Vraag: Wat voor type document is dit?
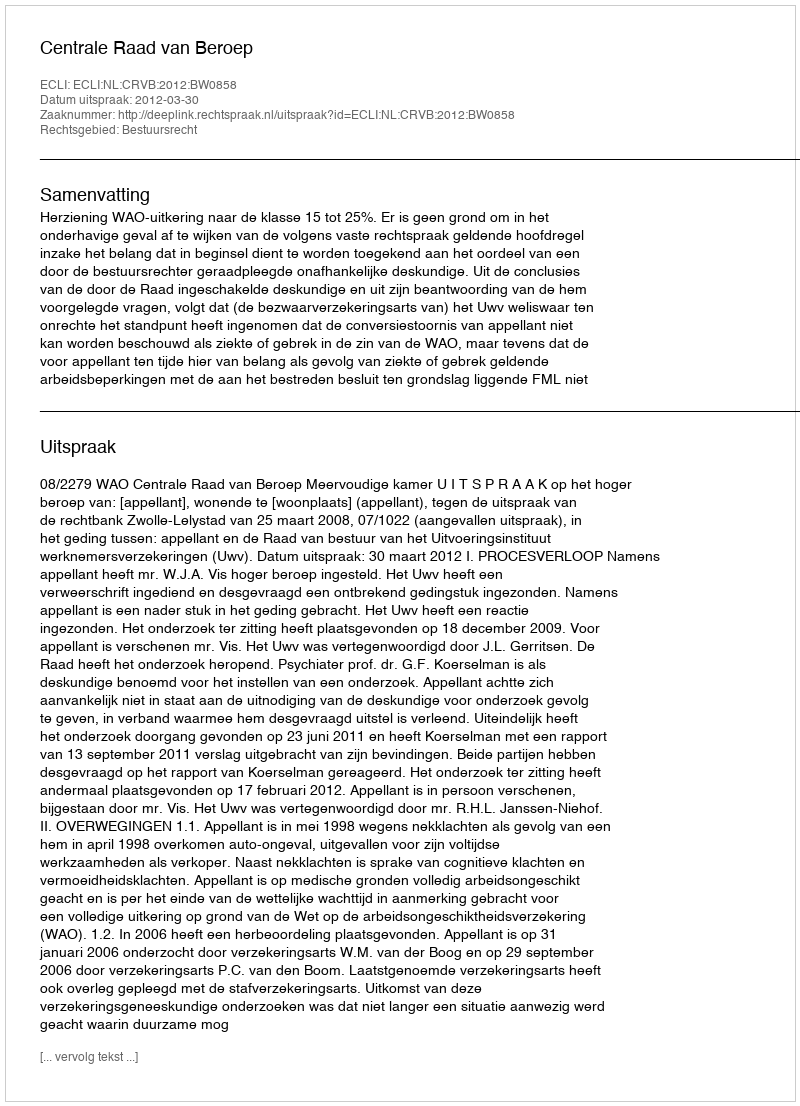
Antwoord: Uitspraak